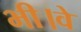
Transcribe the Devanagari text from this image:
भी।वे